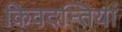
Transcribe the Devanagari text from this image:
किवदन्तियां